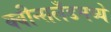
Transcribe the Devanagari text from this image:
क्वीन्सलँडमध्ये